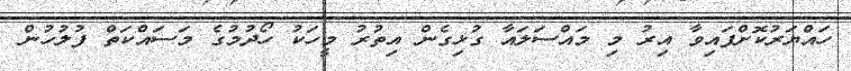
ހައްޔަރުކޮށްފައިވާ އިރު މި މައްސަލައާ ގުޅިގެން އިތުރު މީހަކު ހޯދުމުގެ މަސައްކަތް ފުލުހުން